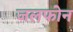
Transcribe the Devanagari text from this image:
जलफोन